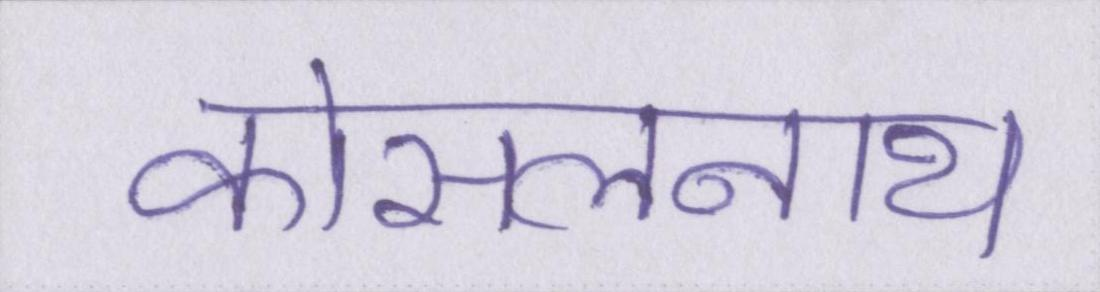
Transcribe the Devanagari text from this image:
कोसलनाथ